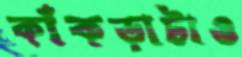
কাঁকড়াটাও